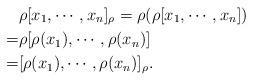
LaTeX: \begin{align*}&\rho[x_{1},\cdots,x_{n}]_{\rho}=\rho(\rho[x_{1},\cdots,x_{n}])\\=&\rho[\rho(x_{1}),\cdots, \rho(x_{n})]\\=&[\rho(x_{1}),\cdots, \rho(x_{n})]_{\rho}.\end{align*}